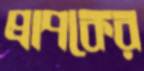
প্রাপকের